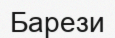
Барези